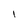
Character: I